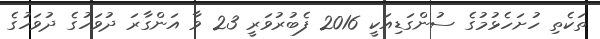
ތަކެތި ހުށަހެޅުމުގެ ސުންގަޑިއަކީ 2016 ފެބުރުވަރީ 23 ވާ އަންގާރަ ދުވަހުގެ ދުވަހުގެ